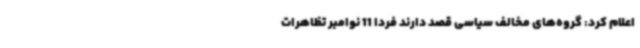
اعلام کرد: گروه‌های مخالف سیاسی قصد دارند فردا 11 نوامبر تظاهرات